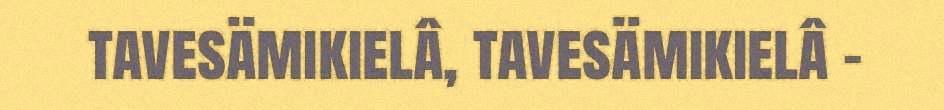
tavesämikielâ, tavesämikielâ -